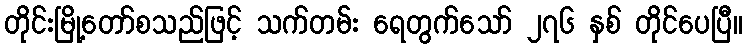
တိုင်းမြို့တော်စသည်ဖြင့် သက်တမ်း ရေတွက်သော် ၂၇၆ နှစ် တိုင်ပေပြီ။